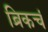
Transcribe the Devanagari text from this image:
ब्रिकचं